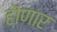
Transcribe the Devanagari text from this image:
हॊणार